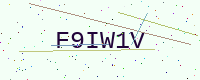
Text: F9IW1V